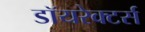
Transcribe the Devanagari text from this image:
डॉयरेक्टर्स